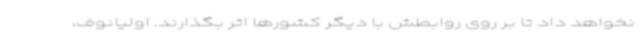
نخواهد داد تا بر روی روابطش با دیگر کشورها اثر بگذارند. اولیانوف،